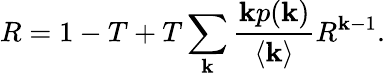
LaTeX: R=1-T+T\sum_{\mathbf{k}}\frac{{\mathbf{k}p(\mathbf{k})}}{{\langle\mathbf{k}\rangle}}R^{\mathbf{k}-1}.